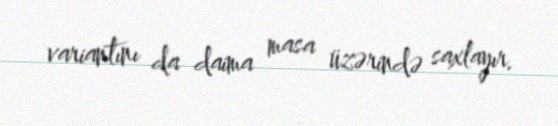
variantını da daima masa üzərində saxlayır.